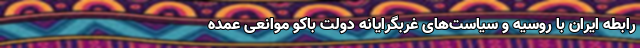
رابطه ایران با روسیه و سیاست‌های غربگرایانه دولت باکو موانعی عمده